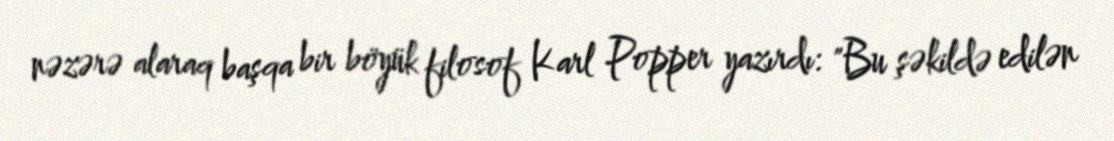
nəzərə alaraq başqa bir böyük filosof Karl Popper yazırdı: "Bu şəkildə edilən